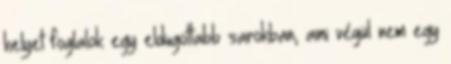
helyet foglalok egy eldugottabb sarokban, ami végül nem egy